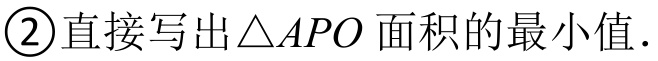
\textcircled{2}直接写出\(\triangle APO\)面积的最小值.